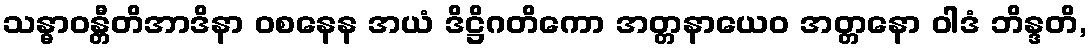
သန္ဓာဝန္တီတိအာဒိနာ ဝစနေန အယံ ဒိဋ္ဌိဂတိကော အတ္တနာယေဝ အတ္တနော ဝါဒံ ဘိန္ဒတိ,